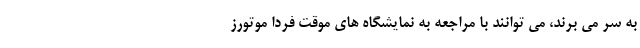
به سر می برند، می توانند با مراجعه به نمایشگاه های موقت فردا موتورز